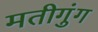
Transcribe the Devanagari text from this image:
मतीगुंग